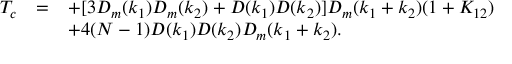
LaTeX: \begin{array} { r c l } { { T _ { c } } } & { { = } } & { { \displaystyle + [ 3 D _ { m } ( k _ { 1 } ) D _ { m } ( k _ { 2 } ) + D ( k _ { 1 } ) D ( k _ { 2 } ) ] D _ { m } ( k _ { 1 } + k _ { 2 } ) ( 1 + K _ { 1 2 } ) } } \\ { { } } & { { } } & { { \displaystyle + 4 ( N - 1 ) D ( k _ { 1 } ) D ( k _ { 2 } ) D _ { m } ( k _ { 1 } + k _ { 2 } ) . } } \end{array}